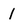
Character: 1